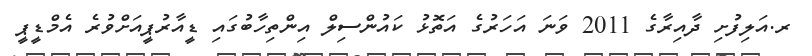
ރ.އަލިފުށި ދާއިރާގެ 2011 ވަނަ އަހަރުގެ އަތޮޅު ކައުންސިލް އިންތިހާބުގައި ޑީއާރުޕީއަށްވުރެ އެމްޑީޕީ